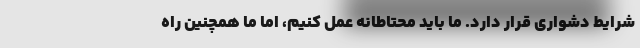
شرایط دشواری قرار دارد. ما باید محتاطانه عمل کنیم، اما ما همچنین راه